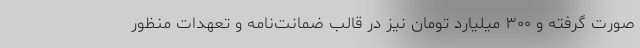
صورت گرفته و ۳۰۰ میلیارد تومان نیز در قالب ضمانت‌نامه و تعهدات منظور